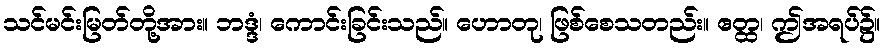
သင်မင်းမြတ်တို့အား။ ဘဒ္ဒံ၊ ကောင်းခြင်းသည်။ ဟောတု၊ ဖြစ်စေသတည်း။ ဧတ္ထ၊ ဤအရပ်၌။